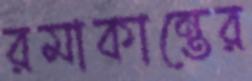
রমাকান্তের